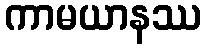
ကာမယာနဿ